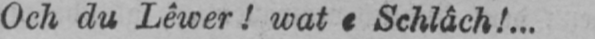
Och du Lêwer! wat e Schlâch!...